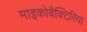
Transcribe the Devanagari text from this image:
माइकोबैक्टिरिया